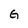
Character: G